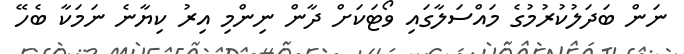
ނަން ބަދަލުކުރުމުގެ މައްސަލާގައި ވޯޓަކަށް ދާން ނިންމި އިރު ކިޔާނެ ނަމަކާ ބެހޭ